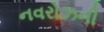
નવરોઝની